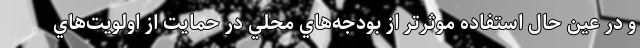
و در عين حال استفاده موثرتر از بودجه‌هاي محلي در حمايت از اولويت‌هاي